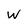
Character: w